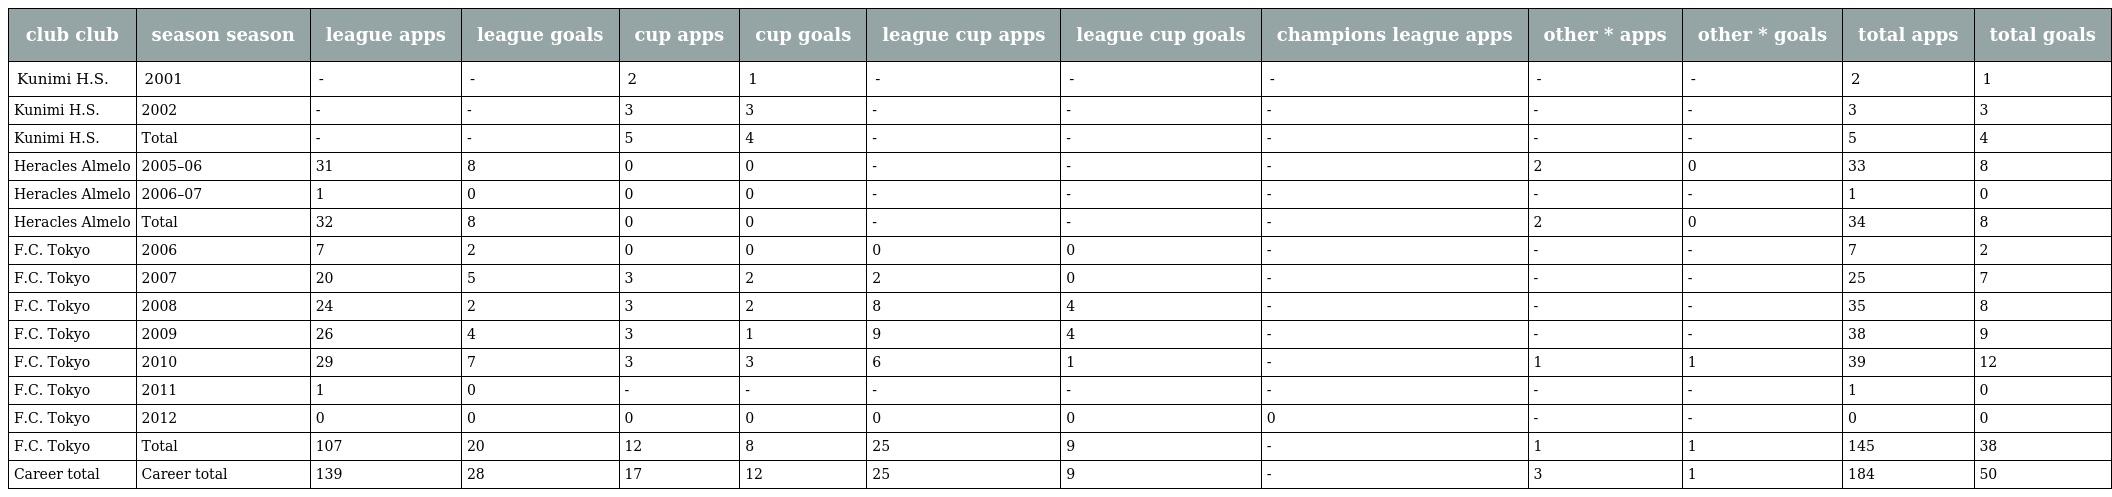
| club club | season season | league apps | league goals | cup apps | cup goals | league cup apps | league cup goals | champions league apps | other * apps | other * goals | total apps | total goals |
 | --- | --- | --- | --- | --- | --- | --- | --- | --- | --- | --- | --- | --- |
 | Kunimi H.S. | 2001 | - | - | 2 | 1 | - | - | - | - | - | 2 | 1 |
 | Kunimi H.S. | 2002 | - | - | 3 | 3 | - | - | - | - | - | 3 | 3 |
 | Kunimi H.S. | Total | - | - | 5 | 4 | - | - | - | - | - | 5 | 4 |
 | Heracles Almelo | 2005–06 | 31 | 8 | 0 | 0 | - | - | - | 2 | 0 | 33 | 8 |
 | Heracles Almelo | 2006–07 | 1 | 0 | 0 | 0 | - | - | - | - | - | 1 | 0 |
 | Heracles Almelo | Total | 32 | 8 | 0 | 0 | - | - | - | 2 | 0 | 34 | 8 |
 | F.C. Tokyo | 2006 | 7 | 2 | 0 | 0 | 0 | 0 | - | - | - | 7 | 2 |
 | F.C. Tokyo | 2007 | 20 | 5 | 3 | 2 | 2 | 0 | - | - | - | 25 | 7 |
 | F.C. Tokyo | 2008 | 24 | 2 | 3 | 2 | 8 | 4 | - | - | - | 35 | 8 |
 | F.C. Tokyo | 2009 | 26 | 4 | 3 | 1 | 9 | 4 | - | - | - | 38 | 9 |
 | F.C. Tokyo | 2010 | 29 | 7 | 3 | 3 | 6 | 1 | - | 1 | 1 | 39 | 12 |
 | F.C. Tokyo | 2011 | 1 | 0 | - | - | - | - | - | - | - | 1 | 0 |
 | F.C. Tokyo | 2012 | 0 | 0 | 0 | 0 | 0 | 0 | 0 | - | - | 0 | 0 |
 | F.C. Tokyo | Total | 107 | 20 | 12 | 8 | 25 | 9 | - | 1 | 1 | 145 | 38 |
 | Career total | Career total | 139 | 28 | 17 | 12 | 25 | 9 | - | 3 | 1 | 184 | 50 |